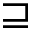
\sqsupseteq